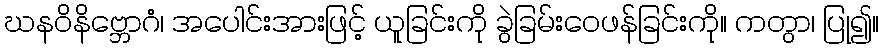
ဃနဝိနိဗ္ဘောဂံ၊ အပေါင်းအားဖြင့် ယူခြင်းကို ခွဲခြမ်းဝေဖန်ခြင်းကို။ ကတွာ၊ ပြု၍။